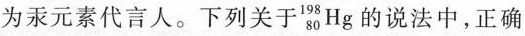
为汞元素代言人。下列关于 _{80}^{198}Hg的说法中，正确